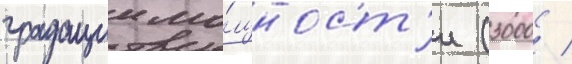
градации мо́щност'и (3000 /